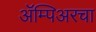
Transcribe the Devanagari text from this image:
ॲम्पिअरचा